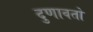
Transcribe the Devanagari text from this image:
दुणावतो